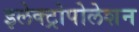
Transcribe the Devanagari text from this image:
इलेक्ट्रोपोलेशन